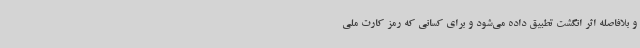
و بلافاصله اثر انگشت تطبیق داده می‌شود و برای کسانی که رمز کارت ملی